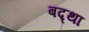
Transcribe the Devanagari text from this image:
बद्था